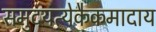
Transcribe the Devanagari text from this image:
समुदयत्येकैकमादाय